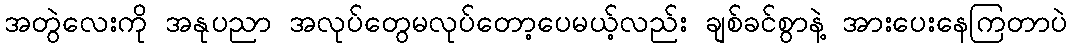
အတွဲလေးကို အနုပညာ အလုပ်တွေမလုပ်တော့ပေမယ့်လည်း ချစ်ခင်စွာနဲ့ အားပေးနေကြတာပဲ